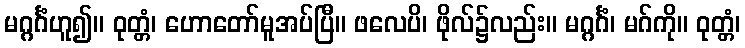
မဂ္ဂင်္ဂံဟူ၍။ ဝုတ္တံ၊ ဟောတော်မူအပ်ပြီ။ ဖလေပိ၊ ဖိုလ်၌လည်း။ မဂ္ဂင်္ဂံ၊ မဂ်ကို။ ဝုတ္တံ၊